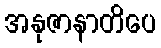
အနုဇာနာတိပေ